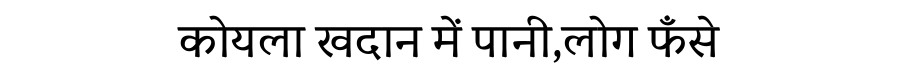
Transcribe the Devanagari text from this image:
कोयला खदान में पानी,लोग फँसे